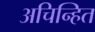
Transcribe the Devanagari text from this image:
अचिन्हित